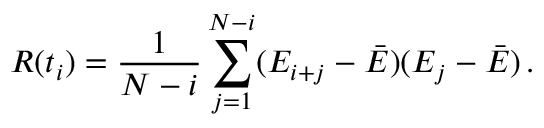
R ( t _ { i } ) = \frac 1 { N - i } \sum _ { j = 1 } ^ { N - i } ( E _ { i + j } - \bar { E } ) ( E _ { j } - \bar { E } ) \, .